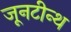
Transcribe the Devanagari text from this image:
जूनटीन्थ